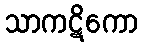
သာကဋိကော